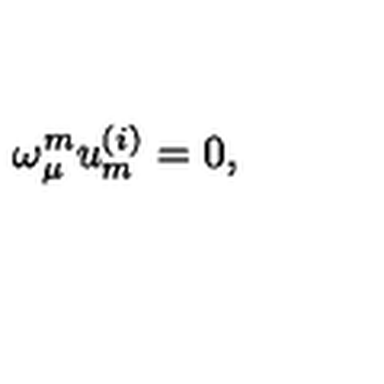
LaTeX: \omega _ { \mu } ^ { { m } } u _ { { m } } ^ { { ( i ) } } = 0 ,